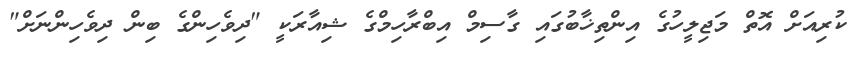
ކުރިއަށް އޮތް މަޖިލީހުގެ އިންތިޚާބުގައި ގާސިމް އިބްރާހިމްގެ ޝިއާރަކީ "ދިވެހިންގެ ބިން ދިވެހިންނަށް"